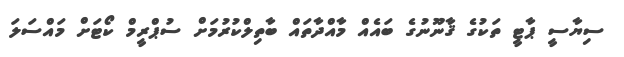
ސިޔާސީ ޕާޓީ ތަކުގެ ޤާނޫނުގެ ބައެއް މާއްދާތައް ބާތިލްކުރުމަށް ސުޕްރީމް ކޯޓަށް މައްސަލަ